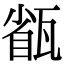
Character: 㼳